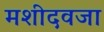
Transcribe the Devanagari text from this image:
मशीदवजा